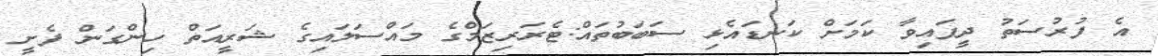
އެ ފުރުސަތު ދީފައިވާ ކަމަށް ކަނޑައެޅި ސަބަބުތައް:ޓެރަރިޒަމްގެ މައްސަލައިގެ ޝަރީއަތް ހިންގަން ފެށީ